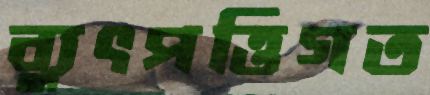
ব্যুৎপত্তিগত